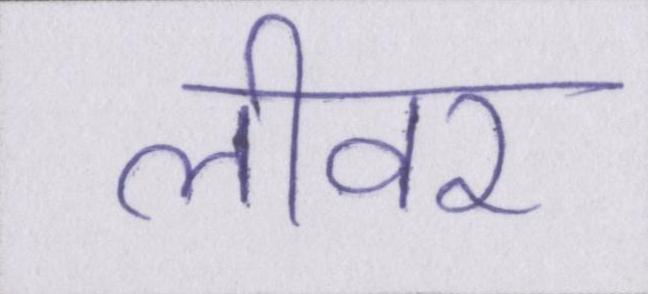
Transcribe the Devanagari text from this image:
लीवर